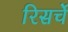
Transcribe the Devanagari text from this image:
रिसर्चे